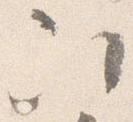
次